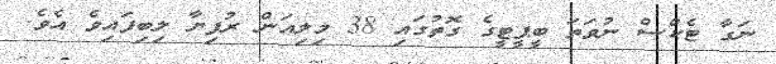
ނަގާ ޓެކްސް ނުވަތަ ބީޕީޓީގެ ގޮތުގައި 38 މިލިއަން ރުފިޔާ ލިބިފައިވެ އެވެ.